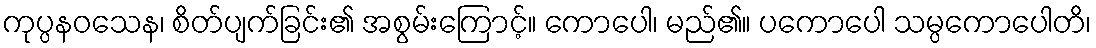
ကုပ္ပနဝသေန၊ စိတ်ပျက်ခြင်း၏ အစွမ်းကြောင့်။ ကောပေါ၊ မည်၏။ ပကောပေါ သမ္ပကောပေါတိ၊